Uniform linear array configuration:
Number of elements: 32
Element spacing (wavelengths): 0.5
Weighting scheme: binomial
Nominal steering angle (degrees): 30
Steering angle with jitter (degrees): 29.318
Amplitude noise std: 0.05
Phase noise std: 0.05

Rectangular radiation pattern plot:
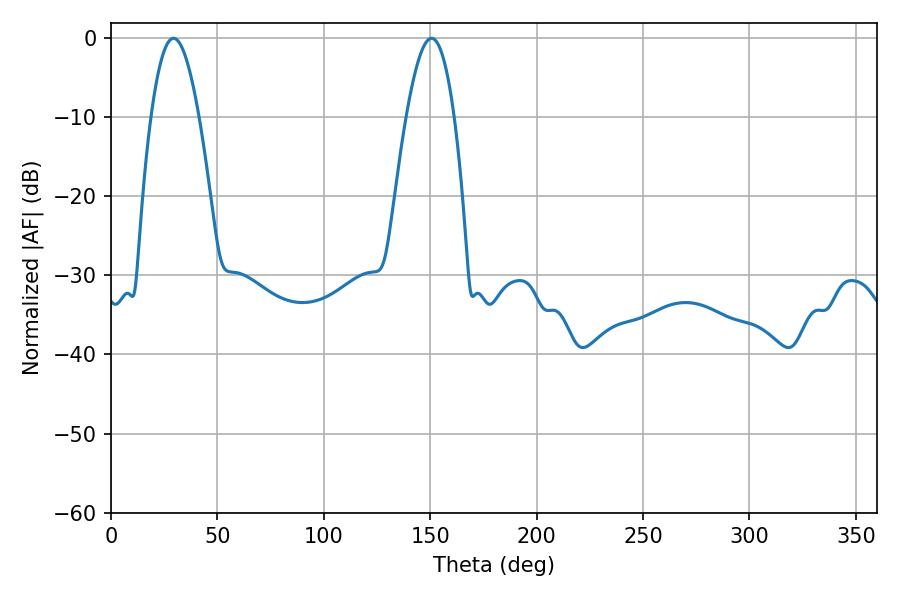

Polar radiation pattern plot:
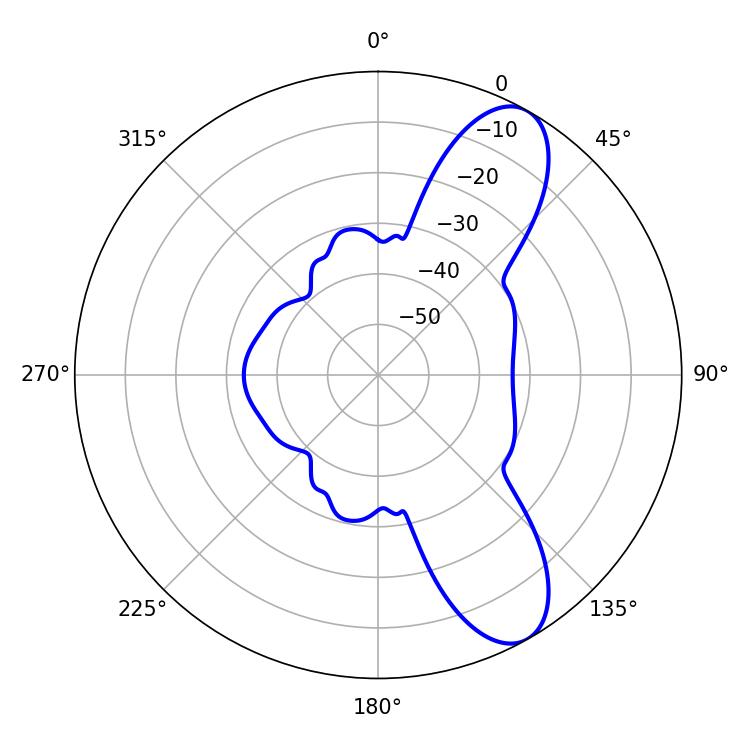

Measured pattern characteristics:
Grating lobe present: FALSE
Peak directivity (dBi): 9.41
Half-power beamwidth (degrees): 12.24
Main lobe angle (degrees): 29.34